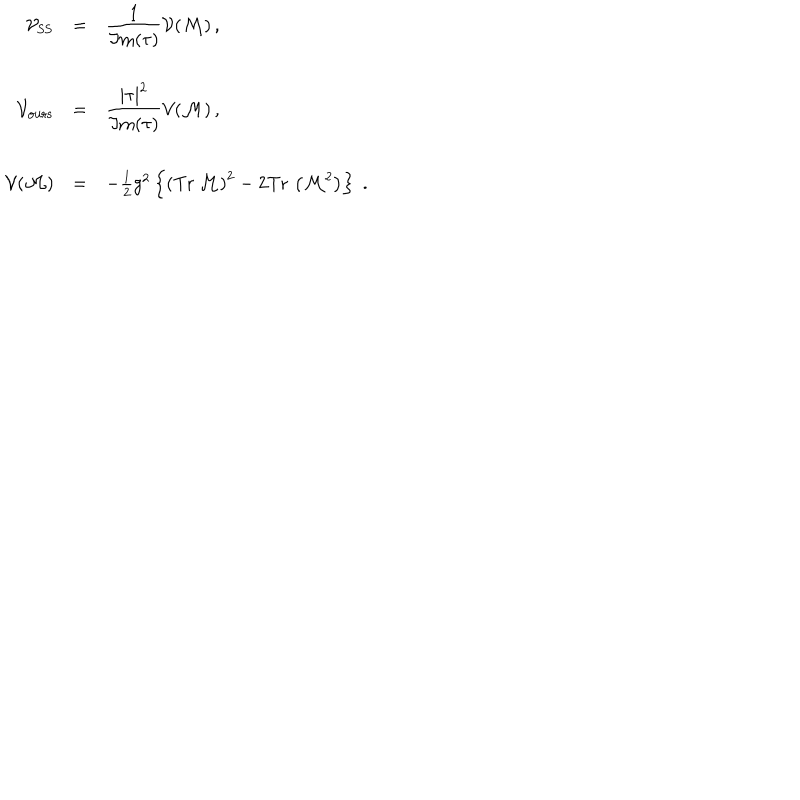
LaTeX: \begin{array} { r c l } { { { \cal V } _ { \mathrm { S S } } } } & { { = } } & { { { \displaystyle \frac { 1 } { \Im \mathrm { m } ( \tau ) } } { \cal V } ( { \cal M } ) \, , } } \\ { { } } & { { } } & { { } } \\ { { { \cal V } _ { \mathrm { o u r s } } } } & { { = } } & { { { \displaystyle \frac { | \tau | ^ { 2 } } { \Im \mathrm { m } ( \tau ) } } { \cal V } ( { \cal M } ) \, , } } \\ { { } } & { { } } & { { } } \\ { { { \cal V } ( { \cal M } ) } } & { { = } } & { { - { \textstyle \frac { 1 } { 2 } } g ^ { 2 } \left\{ \left( \mathrm { T r } \, \mathcal { M } \right) ^ { 2 } - 2 \mathrm { T r } \, \left( \mathcal { M } ^ { 2 } \right) \right\} \; . } } \\ \end{array}